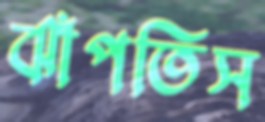
ঝাঁপতিস